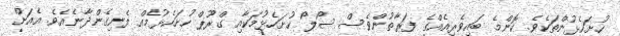
ހުށަހެޅުންތަކެވެ. ކޮންމެ ބައިވެރިއެއްގެ ފަރާތުންވެސް ސޯލޯ ހުށަހެޅުމަކާއި ގްރޫޕް ހުށަހެޅުމެއްް ފެނިގެންދާނެއެވެ. އެއަށް